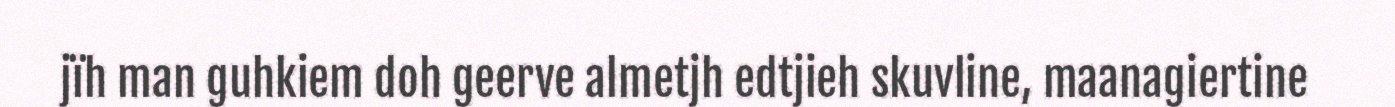
jïh man guhkiem doh geerve almetjh edtjieh skuvline, maanagiertine